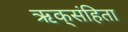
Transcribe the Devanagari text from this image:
ऋक्‌संहिता